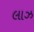
લાઝ